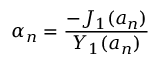
\alpha _ { n } = \frac { - J _ { 1 } ( a _ { n } ) } { Y _ { 1 } ( a _ { n } ) }